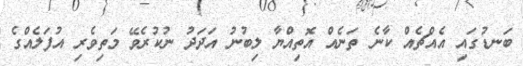
ބަނޑުގައި އެއްޗެއް ކާނެ ތަނެއް އޮތިއްޔާ ލިބުނު އަދަދު ނުކުރެވޭ މަތިވެރި އުފަލެއްގެ